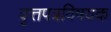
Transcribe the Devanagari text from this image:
वृत्तपत्रविषयक